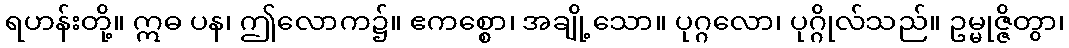
ရဟန်းတို့။ ဣဓ ပန၊ ဤလောက၌။ ဧကစ္စော၊ အချို့သော။ ပုဂ္ဂလော၊ ပုဂ္ဂိုလ်သည်။ ဥမ္မုဇ္ဇိတွာ၊